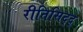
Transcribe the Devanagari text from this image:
रीतिसिद्द्